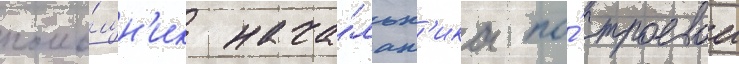
помо́щн'ик нача́льн'ика по́ строевои